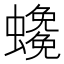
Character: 𧓰